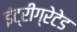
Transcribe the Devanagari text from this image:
इंट्रीग्रेटेड